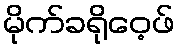
မိုက်ခရိုဝေ့ဖ်